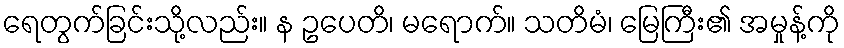
ရေတွက်ခြင်းသို့လည်း။ န ဥပေတိ၊ မရောက်။ သတိမံ၊ မြေကြီး၏ အမှုန့်ကို